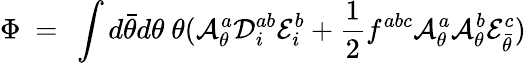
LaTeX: \Phi\ =\ \int d\bar{\theta}d\theta\ \theta({\cal A}_{\theta}^{a}{\cal D}_{i}^{ab}{\cal E}_{i}^{b}+\frac{1}{2}f^{abc}{\cal A}_{\theta}^{a}{\cal A}_{\theta}^{b}{\cal E}_{\bar{\theta}}^{c})